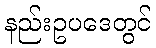
နည်းဥပဒေတွင်